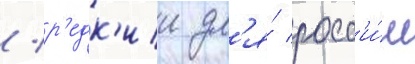
/ р'едк'ии дл'я́ росс'и́и